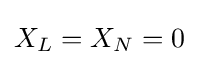
X_{L}=X_{N}=0